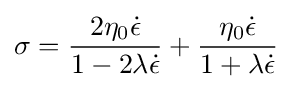
\sigma ={\frac {2\eta _{0}{\dot {\epsilon }}}{1-2\lambda {\dot {\epsilon }}}}+{\frac {\eta _{0}{\dot {\epsilon }}}{1+\lambda {\dot {\epsilon }}}}